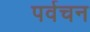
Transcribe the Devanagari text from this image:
पर्वचन